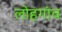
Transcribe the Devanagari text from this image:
लोहगांव